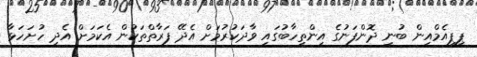
ޕީޕީއެމްއިން ބުނީ ދޮންފަނުގެ އިންތިހާބުގައި ވާދަކުރުމަށް އެދޭ ފަރާތްތަކުން އެކަމަށް އެދި ހުށަހަޅާ